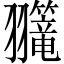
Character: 𫅲